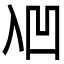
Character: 𰄑